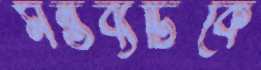
মন্তব্যটিকে